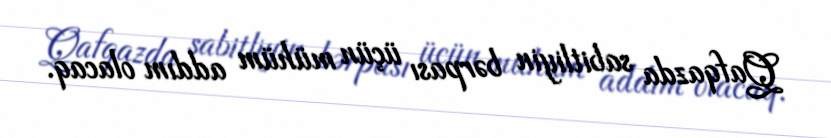
Qafqazda sabitliyin bərpası üçün mühüm addım olacaq.